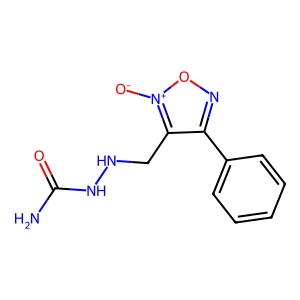
SMILES: NC(=O)NNCc1c(-c2ccccc2)no[n+]1[O-]
Inhibits HIV replication: No